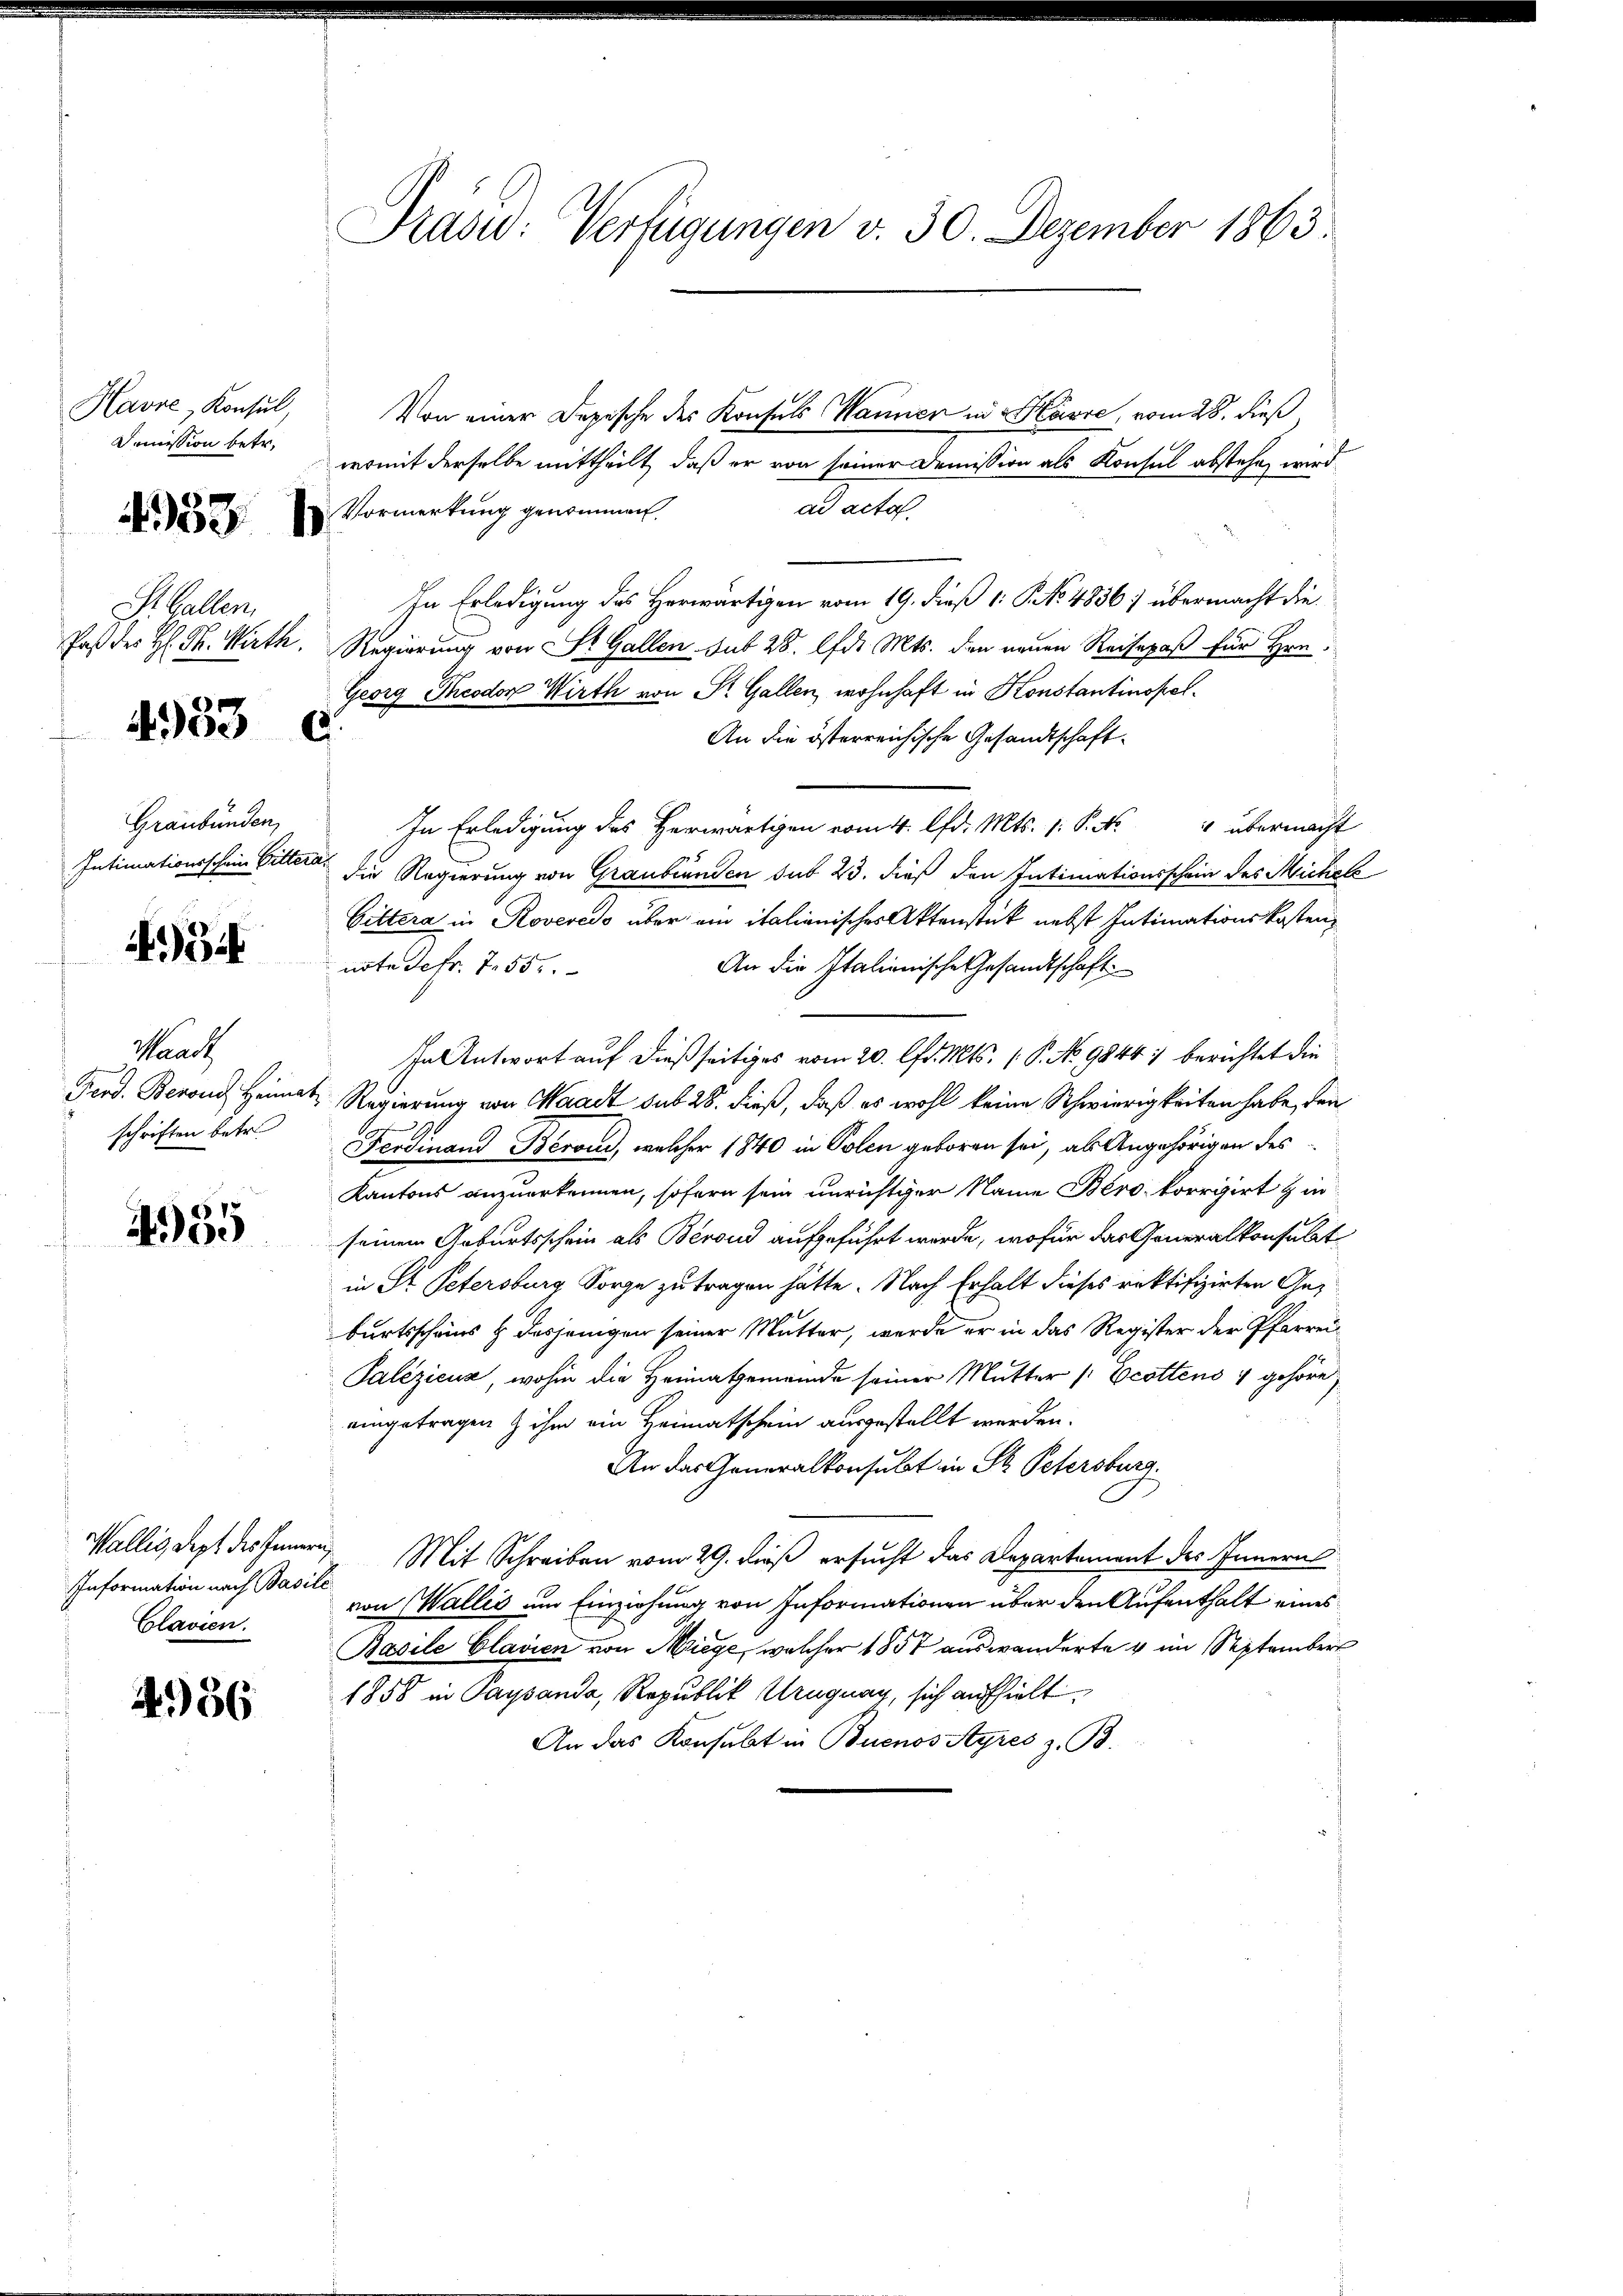
Havre, Konsul,
Dommission betr.

433

St. Gallen
Paß des H: Dr. Wirth.

4953

Graubünden,
Intimationsschein Gitter

934

Waadt
Ferd. Berons Heima
schriften betr.

.
400

4956

C

Information nach Basile
Clavien.

Präsid: Verfügungen v. 30. Dezember 1863

Von einer Depesche des Konsuls Manner in Havre, vom 28. dieß,
womit derselbe mittheilt, daß er von seiner Demission als Konsul abstehen wird.
ad actor.
Vormerkung genommen
In Erledigung des Herwärtigen vom 19. dieß 1: P. No. 4836; übermacht die¬
Regierung von St. Gallen. sub 28. d. Mts. den neuen Reisepaß für Hrn.
Georg Theodor Wirth von St. Gallen, wohnhaft in Konstantinopel.
.
An die österreichische Gesandtschaft.
In Erledigung des Herwärtigen vom 4. lfd. Mts. 1. P. Nr. 4 übermacht
die Regierung von Graubünden sub 23. dieß den Intimationsschein des Michels
Gittera in Roveredo über ein italianisches Aktenstück nebst Intimationskosten,
An die Italienische Gesandtschaft
note defr. 7. 55.
In Antwort auf dießseitiges vom 20. lfd. Mts. ( P. No 9844 berichtet die
 Regierung von Waadt sub 28. dieß, daß es wohl keine Schwierigkeiten habe, den
Ferdinand Beron, welcher 1840 in Polen geboren sei, als Angehörigen des
Kantons anzuerkennen, sofern sein unrichtiger Name Béro korrigirt & in
seinem Geburtsschein als Berond aufgeführt wurde, wofür das Generalkonsulat
in Dr. Petersburg Sorge zu tragen hätte. Nach Erhalt dieses rektifizirten Geburtsscheins & desjenigen seiner Mutter, werde er in das Register der Pfarrei¬
Palezicus, wohin die Heimatgemeinde seiner Mutter /: Ecottens 1 gehöre
eingetragen & ihm ein Heimatschein ausgestellt werden.
An das Generalkonsulat in St. Petersburg.
Wällig, dept des Innern. Mit Schreiben vom 29. dieß ersucht das Departement des Innern
von Wallis um Einziehung von Informationen über den Aufenthalt eines
Basile Clavien von Miege, welcher 1857 auswanderte u im September
1858 in Paysanda, Republik Uruguay, sich aufhielt
An das Konsubt in Buenossyres z. B.